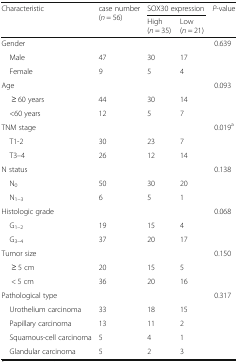
<table><thead><tr><td rowspan="2"><b>Characteristic</b></td><td rowspan="2"><b>case number(<i>n</i> = 56)</b></td><td colspan="2"><b>SOX30 expression</b></td><td rowspan="2"><b><i>P</i>-value</b></td></tr><tr><td><b>High (<i>n</i> = 35)</b></td><td><b>Low (<i>n</i> = 21)</b></td></tr></thead><tbody><tr><td>Gender</td><td></td><td></td><td></td><td>0.639</td></tr><tr><td> Male</td><td>47</td><td>30</td><td>17</td><td></td></tr><tr><td> Female</td><td>9</td><td>5</td><td>4</td><td></td></tr><tr><td>Age</td><td></td><td></td><td></td><td>0.093</td></tr><tr><td>≥ 60 years</td><td>44</td><td>30</td><td>14</td><td></td></tr><tr><td> &lt;60 years</td><td>12</td><td>5</td><td>7</td><td></td></tr><tr><td>TNM stage</td><td></td><td></td><td></td><td>0.019<sup>a</sup></td></tr><tr><td> T1-2</td><td>30</td><td>23</td><td>7</td><td></td></tr><tr><td> T3–4</td><td>26</td><td>12</td><td>14</td><td></td></tr><tr><td>N status</td><td></td><td></td><td></td><td>0.138</td></tr><tr><td> N<sub>0</sub></td><td>50</td><td>30</td><td>20</td><td></td></tr><tr><td> N<sub>1–3</sub></td><td>6</td><td>5</td><td>1</td><td></td></tr><tr><td>Histologic grade</td><td></td><td></td><td></td><td>0.068</td></tr><tr><td> G<sub>1–2</sub></td><td>19</td><td>15</td><td>4</td><td></td></tr><tr><td> G<sub>3–4</sub></td><td>37</td><td>20</td><td>17</td><td></td></tr><tr><td>Tumor size</td><td></td><td></td><td></td><td>0.150</td></tr><tr><td>≥ 5 cm</td><td>20</td><td>15</td><td>5</td><td></td></tr><tr><td>&lt; 5 cm</td><td>36</td><td>20</td><td>16</td><td></td></tr><tr><td>Pathological type</td><td></td><td></td><td></td><td>0.317</td></tr><tr><td> Urothelium carcinoma</td><td>33</td><td>18</td><td>15</td><td></td></tr><tr><td> Papillary carcinoma</td><td>13</td><td>11</td><td>2</td><td></td></tr><tr><td> Squamous-cell carcinoma</td><td>5</td><td>4</td><td>1</td><td></td></tr><tr><td> Glandular carcinoma</td><td>5</td><td>2</td><td>3</td><td></td></tr></tbody></table>